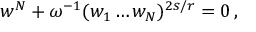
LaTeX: w ^ { N } + \omega ^ { - 1 } ( w _ { 1 } \ldots w _ { N } ) ^ { 2 s / r } = 0 \, ,